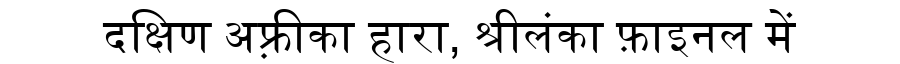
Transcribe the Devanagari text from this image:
दक्षिण अफ़्रीका हारा, श्रीलंका फ़ाइनल में